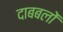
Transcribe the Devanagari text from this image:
दाबबलों